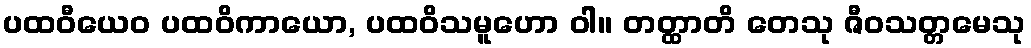
ပထဝီယေဝ ပထဝိကာယော, ပထဝိသမူဟော ဝါ။ တတ္ထာတိ တေသု ဇီဝသတ္တမေသု